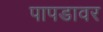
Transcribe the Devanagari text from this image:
पापडावर